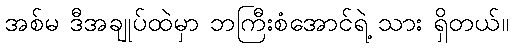
အစ်မ ဒီအချုပ်ထဲမှာ ဘကြီးစံအောင်ရဲ့ သား ရှိတယ်။